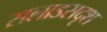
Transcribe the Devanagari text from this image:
सलाडसदृश